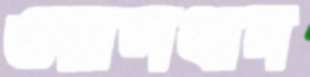
ওয়ালথান